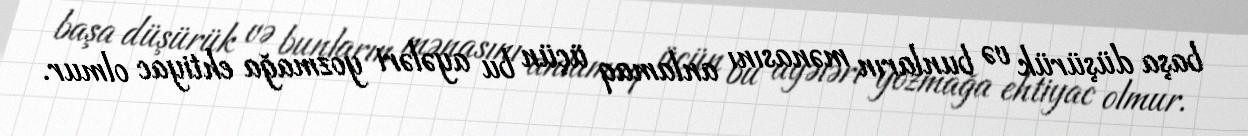
başa düşürük və bunların mənasını anlamaq üçün bu ayələri yozmağa ehtiyac olmur.